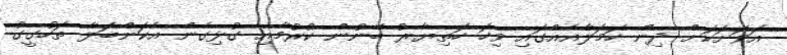
އަވަށަކަށް ދިން ހަމަލާއެއްގައި ވިހަ ހަތިޔާރު ބޭނުން ކުރުމާއި ގުޅިގެން އެކަންބަލާ ތަހުގީގު